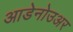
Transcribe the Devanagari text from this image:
आडेनोउअर